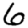
Digit: 6